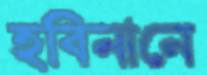
হবিনানে